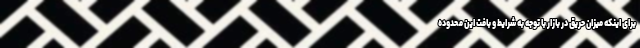
برای اینکه میزان حریق در بازار با توجه به شرایط و بافت این محدوده